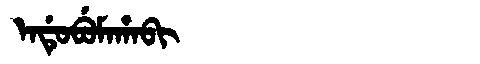
Manchu: ᡝᠨᡩᡠᠪᡠᠮᠠᡥᠠᠪᡳ
Romanization: ENDUBUMAHABI